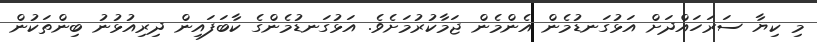
މި ކިޔާ ސަރަހައްދަށް އަޅުގަނޑުމެން އެންމެން ޖަމާކުރުމަށެވެ. އަޅުގަނޑުމެންގެ ކާބަފައިން ދިރިއުޅުނު ބިންތަކުން